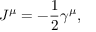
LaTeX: J ^ { \mu } = - \frac { 1 } { 2 } \gamma ^ { \mu } ,